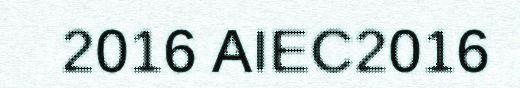
2016 AIEC2016